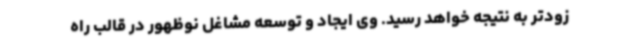
زودتر به نتیجه خواهد رسید. وی ایجاد و توسعه مشاغل نوظهور در قالب راه